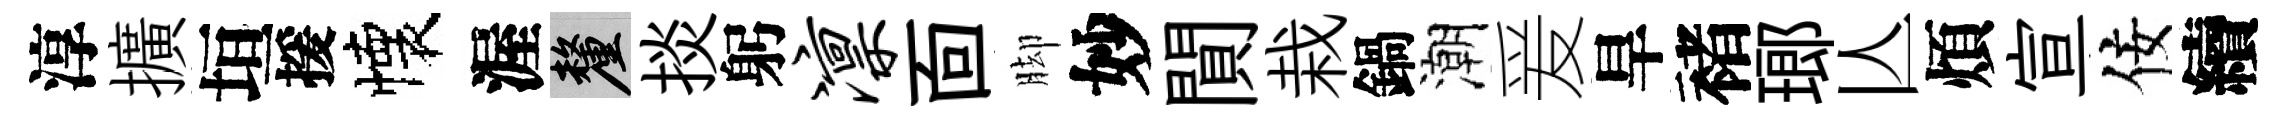
淳擴垣援懐渥厘掞躬凛靣脚妙閴栽鍋潮爰旱褚瑯亾煩宣佞續